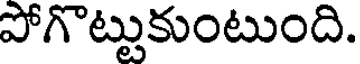
పోగొట్టుకుంటుంది.